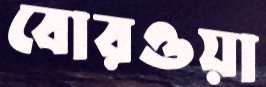
বোরওয়া